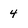
Character: 4